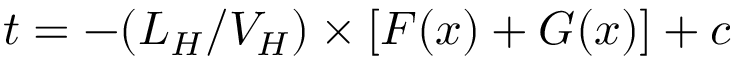
t = - ( L _ { H } / V _ { H } ) \times [ F ( x ) + G ( x ) ] + c